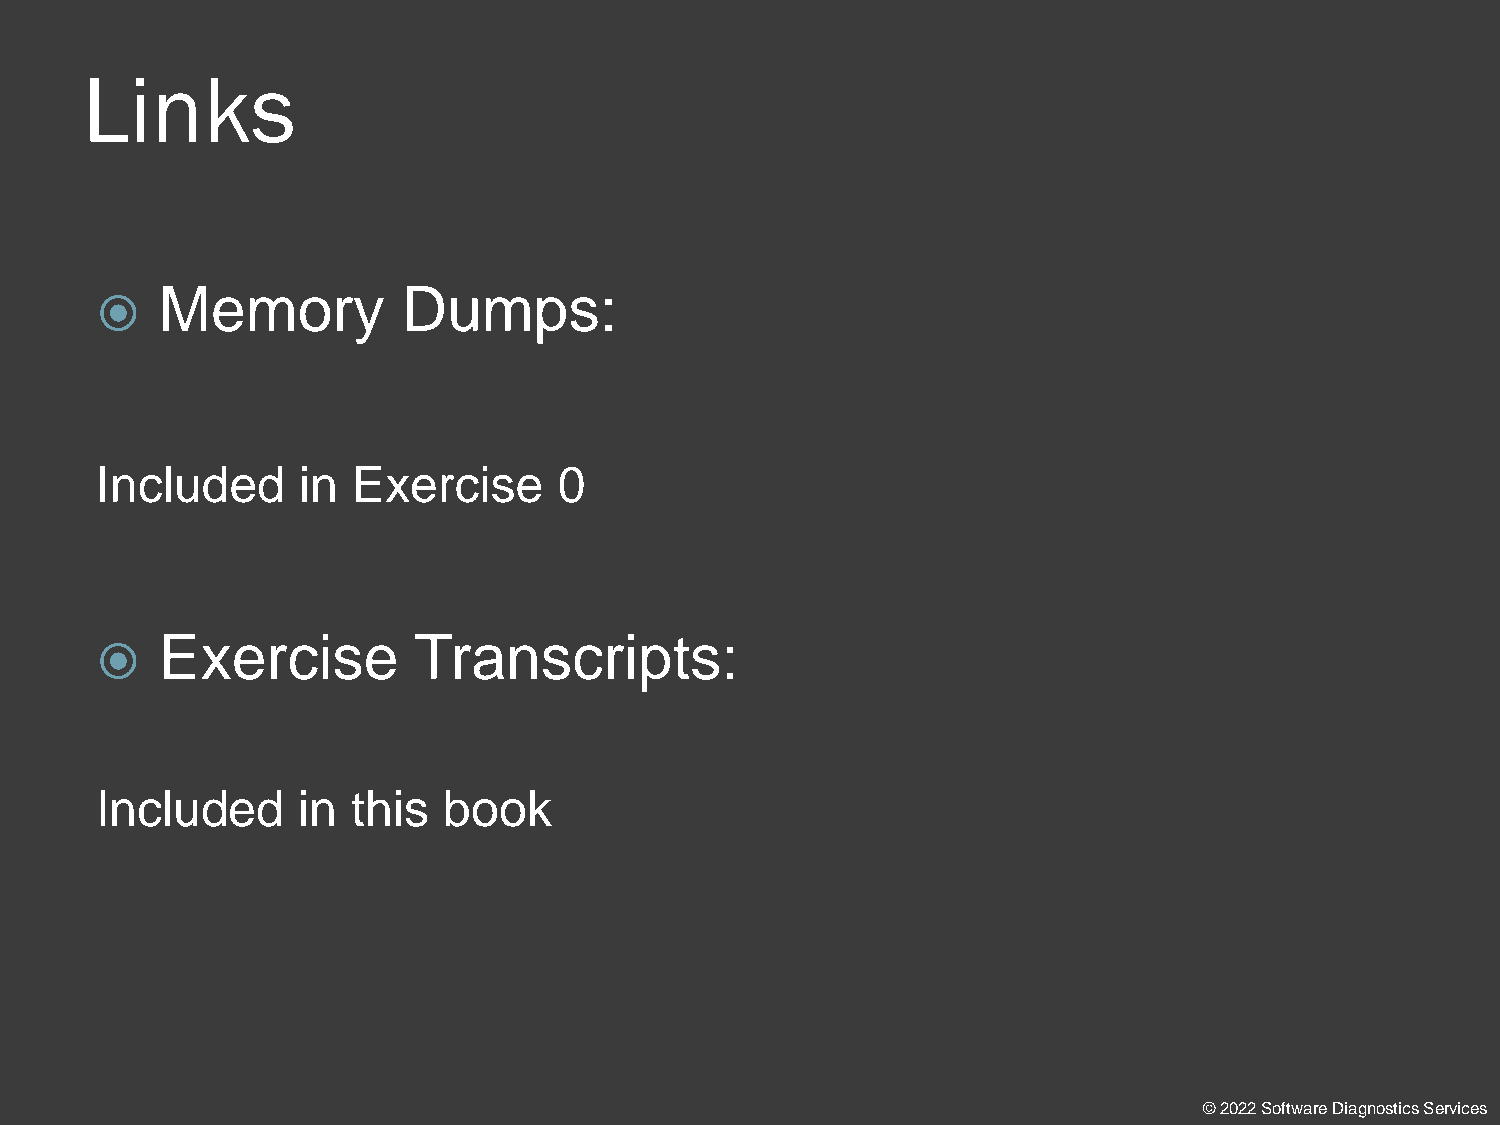
Links
 Memory          Dumps:
 
 Included      in Exercise      0
 Exercise        Transcripts:
 
 Included      in this  book
 © 2022 Software Diagnostics Services